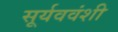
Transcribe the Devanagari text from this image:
सूर्यववंशी